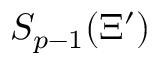
S _ { p - 1 } ( \Xi ^ { \prime } )